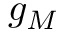
g _ { M }